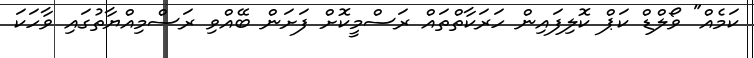
ކަމެއް" ވޯލްޑް ކަޕް ކޮލިފައިން ހަރަކާތްތައް ރަސްމީކޮށް ފަށަން ބޭއްވި ރަސްމިއްޔާތުގައި ވާހަކަ